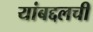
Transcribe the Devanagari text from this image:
यांबद्दलची